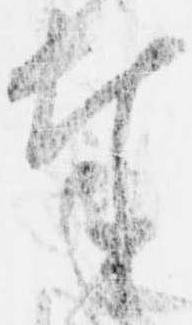
奉